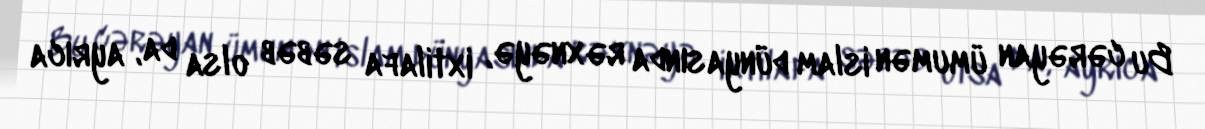
Bu cərəyan ümumən islam dünyasında rəxnəyə, ixtilafa səbəb olsa da, ayrıca